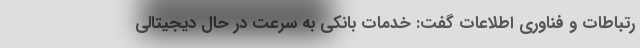
رتباطات و فناوری اطلاعات گفت: خدمات بانکی به سرعت در حال دیجیتالی